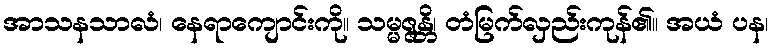
အာသနသာလံ၊ နေရာကျောင်းကို။ သမ္မဇ္ဇန္တိ၊ တံမြက်လှည်းကုန်၏။ အယံ ပန၊